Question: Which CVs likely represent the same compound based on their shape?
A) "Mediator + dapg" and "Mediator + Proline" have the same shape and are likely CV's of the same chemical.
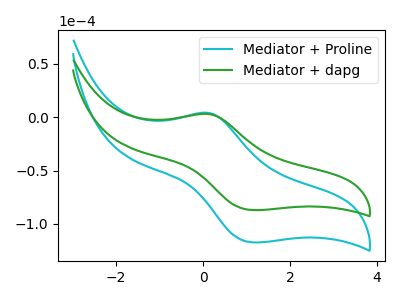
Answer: <think>The cyan curve "Mediator + Proline" has an anodic peak at (0.15V, 3.95uA) and a cathodic peak at (1.15V, -117.30uA). The green curve "Mediator + dapg" has an anodic peak at (0.15V, 2.90uA) and a cathodic peak at (1.15V, -87.05uA).
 All the peaks in "Mediator + Proline" have a peak in "Mediator + dapg" at the same potential. Every peak in "Mediator + Proline" is higher than every peak in "Mediator + dapg".</think>
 <answer>A) "Mediator + dapg" and "Mediator + Proline" have the same shape and are likely CV's of the same chemical.</answer>
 <eval>A</eval>